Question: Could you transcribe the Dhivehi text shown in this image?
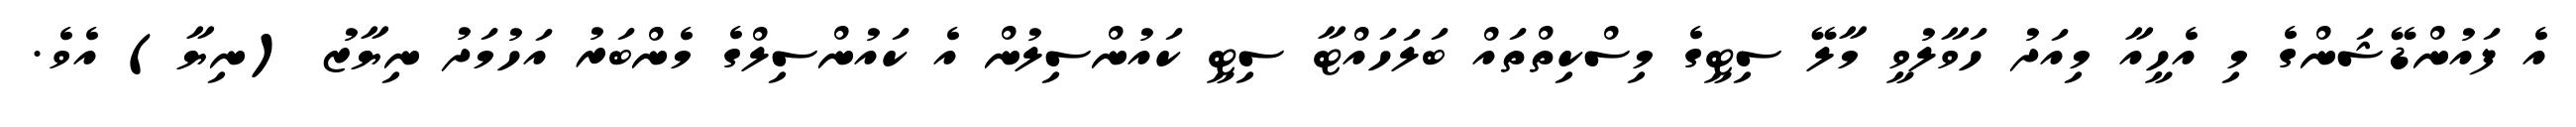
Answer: އެ ފައުންޑޭޝަންގެ މި އެހީއާ މިއަދު ހަވާލުވީ މާލޭ ސިޓީގެ މިސްކިތްތައް ބަލަހައްޓާ ސިޓީ ކައުންސިލުން އެ ކައުންސިލްގެ މެންބަރު އަހުމަދު ނިޔާޒު (ނިޔާ) އެވެ.